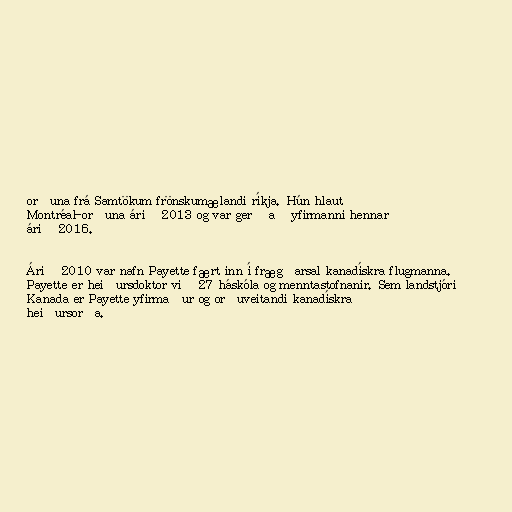
orðuna frá Samtökum frönskumælandi ríkja. Hún hlaut
Montréal-orðuna árið 2013 og var gerð að yfirmanni hennar
árið 2016.

Árið 2010 var nafn Payette fært inn í frægðarsal kanadískra flugmanna.
Payette er heiðursdoktor við 27 háskóla og menntastofnanir. Sem landstjóri
Kanada er Payette yfirmaður og orðuveitandi kanadískra
heiðursorða.